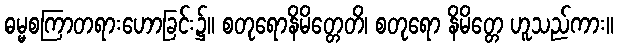
ဓမ္မစကြာတရားဟောခြင်း၌။ စတုရောနိမိတ္တေတိ၊ စတုရော နိမိတ္တေ ဟူသည်ကား။